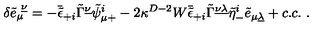
\delta { \tilde { e } } _ { \mu } ^ { \ \underline { \nu } } = - \bar { \tilde { \epsilon } } _ { + i } \tilde { \Gamma } ^ { \underline { \nu } } \tilde { \psi } _ { \mu + } ^ { i } - 2 \kappa ^ { D - 2 } W \bar { \tilde { \epsilon } } _ { + i } \tilde { \Gamma } ^ { \underline { { \nu \lambda } } } \tilde { \eta } _ { - } ^ { i } \tilde { e } _ { \mu \underline { \lambda } } + c . c . \ .